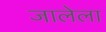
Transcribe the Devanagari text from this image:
जालेला